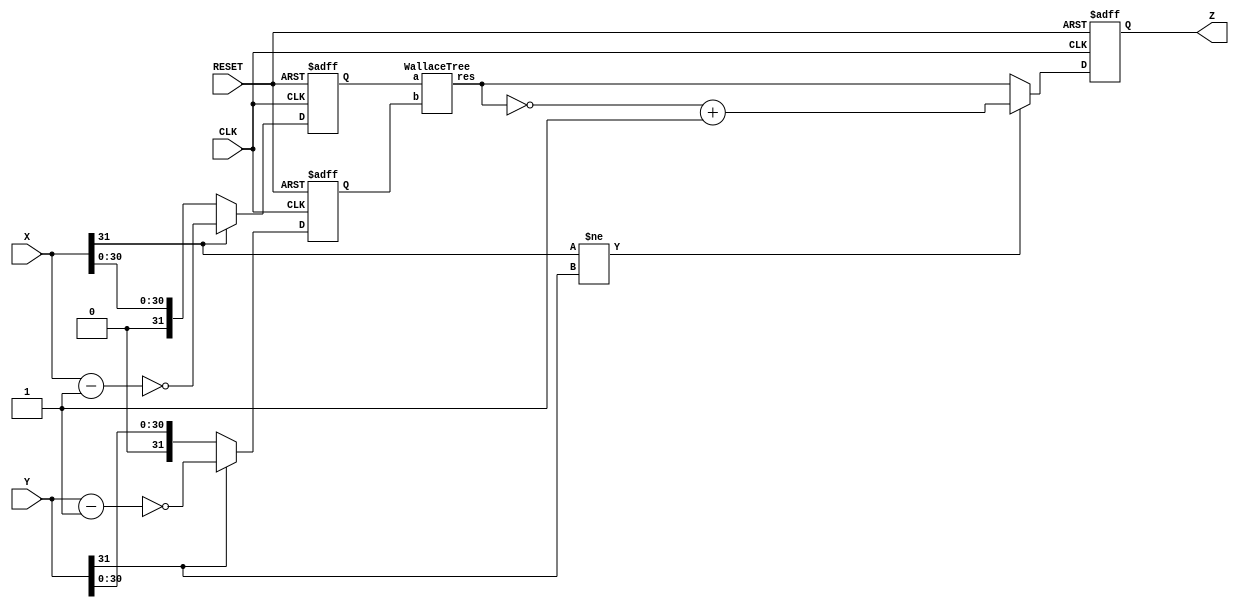

module RegisteredWallaceTree(
input  wire [31:0] X,Y,
output reg [63:0] Z,
input  wire CLK,RESET
);
reg [31:0]temp1,temp2;
wire [63:0] tempres;





always@(posedge CLK,negedge RESET)
begin
	if(RESET == 1'b0)
	begin
		temp1 = 32'b0;
		temp2 = 32'b0;
	end
	else
	begin
		
	temp1 = X;
	temp2 = Y;
	if(X[31]==1'b1)
	begin 
		temp1=temp1-1;
		temp1=~temp1;
	end
	if(Y[31]==1'b1)
	begin 
		temp2=temp2-1;
		temp2=~temp2;
	end
	end
end

WallaceTree MULLL(temp1,temp2,tempres);

always @(posedge CLK or negedge RESET)
begin
    if (RESET == 1'b0)
        Z = 64'b0;
    else
    begin
        Z = tempres;

        if (X[31] != Y[31])
        begin
            Z = ~Z + 1;
        end
    end
end

endmodule 


module WallaceTree(
input [31:0] a,		
input [31:0] b,
output [63:0] res
);


wire  [63:0]temppp [31:0];


PartialMULLLiplication partialMULLLiplications1(temppp[0][63:0],a[31:0],b[31:0],0);
PartialMULLLiplication partialMULLLiplications2(temppp[1][63:0],a[31:0],b[31:0],1);
PartialMULLLiplication partialMULLLiplications3(temppp[2][63:0],a[31:0],b[31:0],2);
PartialMULLLiplication partialMULLLiplications4(temppp[3][63:0],a[31:0],b[31:0],3);
PartialMULLLiplication partialMULLLiplications5(temppp[4][63:0],a[31:0],b[31:0],4);
PartialMULLLiplication partialMULLLiplications6(temppp[5][63:0],a[31:0],b[31:0],5);
PartialMULLLiplication partialMULLLiplications7(temppp[6][63:0],a[31:0],b[31:0],6);
PartialMULLLiplication partialMULLLiplications8(temppp[7][63:0],a[31:0],b[31:0],7);
PartialMULLLiplication partialMULLLiplications9(temppp[8][63:0],a[31:0],b[31:0],8);
PartialMULLLiplication partialMULLLiplications10(temppp[9][63:0],a[31:0],b[31:0],9);
PartialMULLLiplication partialMULLLiplications11(temppp[10][63:0],a[31:0],b[31:0],10);
PartialMULLLiplication partialMULLLiplications111(temppp[11][63:0],a[31:0],b[31:0],11);
PartialMULLLiplication partialMULLLiplications1111(temppp[12][63:0],a[31:0],b[31:0],12);
PartialMULLLiplication partialMULLLiplications11111(temppp[13][63:0],a[31:0],b[31:0],13);
PartialMULLLiplication partialMULLLiplications111111(temppp[14][63:0],a[31:0],b[31:0],14);
PartialMULLLiplication partialMULLLiplications1111111(temppp[15][63:0],a[31:0],b[31:0],15);
PartialMULLLiplication partialMULLLiplications11111111(temppp[16][63:0],a[31:0],b[31:0],16);
PartialMULLLiplication partialMULLLiplications111111111(temppp[17][63:0],a[31:0],b[31:0],17);
PartialMULLLiplication partialMULLLiplications88(temppp[18][63:0],a[31:0],b[31:0],18);
PartialMULLLiplication partialMULLLiplications888(temppp[19][63:0],a[31:0],b[31:0],19);
PartialMULLLiplication partialMULLLiplications88888(temppp[20][63:0],a[31:0],b[31:0],20);
PartialMULLLiplication partialMULLLiplications8888(temppp[21][63:0],a[31:0],b[31:0],21);
PartialMULLLiplication partialMULLLiplications6666(temppp[22][63:0],a[31:0],b[31:0],22);
PartialMULLLiplication partialMULLLiplications666666(temppp[23][63:0],a[31:0],b[31:0],23);
PartialMULLLiplication partialMULLLiplications6666666(temppp[24][63:0],a[31:0],b[31:0],24);
PartialMULLLiplication partialMULLLiplications66666666(temppp[25][63:0],a[31:0],b[31:0],25);
PartialMULLLiplication partialMULLLiplications666666666(temppp[26][63:0],a[31:0],b[31:0],26);
PartialMULLLiplication partialMULLLiplications66666666666(temppp[27][63:0],a[31:0],b[31:0],27);
PartialMULLLiplication partialMULLLiplications88888888888888(temppp[28][63:0],a[31:0],b[31:0],28);
PartialMULLLiplication partialMULLLiplications777777777777777(temppp[29][63:0],a[31:0],b[31:0],29);
PartialMULLLiplication partialMULLLiplications777(temppp[30][63:0],a[31:0],b[31:0],30);
PartialMULLLiplication partialMULLLiplications777777(temppp[31][63:0],a[31:0],b[31:0],31);

wire [63:0] s11,s12,s13,s14,s15,s16,s17,s18,s19,s110,c11,c12,c13,c14,c15,c16,c17,c18,c19,c110;
wire [63:0] s21,s22,s23,s24,s25,s26,s27,c21,c22,c23,c24,c25,c26,c27;
wire [63:0] s31,s32,s33,s34,s35,c31,c32,c33,c34,c35;
wire [63:0] s41,s42,s43,c41,c42,c43;
wire [63:0] s51,s52,c51,c52;
wire [63:0] s61,c61;
wire [63:0] s71,c71;
wire [63:0] s81,c81;
wire cout;

	XorAdder XA11(temppp[0][63:0],temppp[1][63:0],temppp[2][63:0],s11[63:0],c11[63:0]);
	XorAdder XA12(temppp[3][63:0],temppp[4][63:0],temppp[5][63:0],s12[63:0],c12[63:0]);
	XorAdder XA13(temppp[6][63:0],temppp[7][63:0],temppp[8][63:0],s13[63:0],c13[63:0]);
	XorAdder XA14(temppp[9][63:0],temppp[10][63:0],temppp[11][63:0],s14[63:0],c14[63:0]);
	XorAdder XA15(temppp[12][63:0],temppp[13][63:0],temppp[14][63:0],s15[63:0],c15[63:0]);
	XorAdder XA16(temppp[15][63:0],temppp[16][63:0],temppp[17][63:0],s16[63:0],c16[63:0]);
	XorAdder XA17(temppp[18][63:0],temppp[19][63:0],temppp[20][63:0],s17[63:0],c17[63:0]);
	XorAdder XA18(temppp[21][63:0],temppp[22][63:0],temppp[23][63:0],s18[63:0],c18[63:0]);
	XorAdder XA19(temppp[24][63:0],temppp[25][63:0],temppp[26][63:0],s19[63:0],c19[63:0]);
	XorAdder XA110(temppp[27][63:0],temppp[28][63:0],temppp[29][63:0],s110[63:0],c110[63:0]);
	XorAdder XA21(s11[63:0],c11[63:0],s12[63:0],s21[63:0],c21[63:0]);
	XorAdder XA22(c12[63:0],s13[63:0],c13[63:0],s22[63:0],c22[63:0]);
	XorAdder XA23(s14[63:0],c14[63:0],s15[63:0],s23[63:0],c23[63:0]);
	XorAdder XA24(c15[63:0],s16[63:0],c16[63:0],s24[63:0],c24[63:0]);
	XorAdder XA25(s17[63:0],c17[63:0],s18[63:0],s25[63:0],c25[63:0]);
	XorAdder XA26(c18[63:0],s19[63:0],c19[63:0],s26[63:0],c26[63:0]);
	XorAdder XA27(s110[63:0],c110[63:0],temppp[30][63:0],s27[63:0],c27[63:0]);
	XorAdder XA31(s21[63:0],c21[63:0],s22[63:0],s31[63:0],c31[63:0]);
	XorAdder XA32(c22[63:0],s23[63:0],c23[63:0],s32[63:0],c32[63:0]);
	XorAdder XA33(s24[63:0],c24[63:0],s25[63:0],s33[63:0],c33[63:0]);
	XorAdder XA34(c25[63:0],s26[63:0],c26[63:0],s34[63:0],c34[63:0]);
	XorAdder XA35(s27[63:0],c27[63:0],temppp[31][63:0],s35[63:0],c35[63:0]);
	XorAdder XA41(s31[63:0],c31[63:0],s32[63:0],s41[63:0],c41[63:0]);
	XorAdder XA42(c32[63:0],s33[63:0],c33[63:0],s42[63:0],c42[63:0]);
	XorAdder XA43(s34[63:0],c34[63:0],s35[63:0],s43[63:0],c43[63:0]);
	XorAdder XA51(s41[63:0],c41[63:0],s42[63:0],s51[63:0],c51[63:0]);
	XorAdder XA52(c42[63:0],s43[63:0],c43[63:0],s52[63:0],c52[63:0]);
	XorAdder XA61(s51[63:0],c51[63:0],s52[63:0],s61[63:0],c61[63:0]);
	XorAdder XA71(s61[63:0],c61[63:0],c52[63:0],s71[63:0],c71[63:0]);
	XorAdder XA81(s71[63:0],c71[63:0],c35[63:0],s81[63:0],c81[63:0]);

RCA cla(res,cout,s81,c81);


endmodule





module XorAdder(
	input [63:0]x,
	input [63:0]y,
	input [63:0]z,
	output [63:0]s,
	output [63:0]c);
assign s = x^y^z;
assign c[0] = 1'b0;
assign c[63:1] = (x[63:0]&y[63:0]) | (y[63:0]&z[63:0]) | (z[63:0]&x[63:0]);

endmodule

module PartialMULLLiplication(
    output reg[63:0] x,
    input [31:0] a,
    input [31:0] b,
    input wire [31:0] i
);
    always @(a or b or i)
    begin
        if (b[i] == 1)
            x <= (a << i);
        else
            x = 64'b0;
    end
endmodule












module RCA(
output [63:0] sum,
output cout,
input [63:0] a,b);
  
wire cin = 1'b0;
wire [63:0] c,x,y;
wire [63:1] x2, y2;
wire [63:2] x3, y3;
wire [63:4] x4, y4;
wire [63:8] x5, y5;
wire [63:16] x6, y6;
wire [63:32] x7, y7;
  
and_xor axr[63:0](x, y, a, b);
inputWire inputWire_0(c[0], x[0]);
additional comp_0[63:1](x2[63:1], y2[63:1], x[63:1], y[63:1], x[62:0], y[62:0]);

inputWire inputWire_1(c[1], x2[1]);
additional comp_1[63:2](x3[63:2], y3[63:2], x2[63:2], y2[63:2], {x2[61:1],x[0]}, {y2[61:1],y[0]});

inputWire inputWire_2[3:2](c[3:2], x3[3:2]);
additional comp_2[63:4](x4[63:4], y4[63:4], x3[63:4], y3[63:4], {x3[59:2],x2[1],x[0]}, {y3[59:2],y2[1],y[0]});

inputWire inputWire_3[7:4](c[7:4], x4[7:4]);
additional comp_3[63:8](x5[63:8], y5[63:8], x4[63:8], y4[63:8], {x4[55:4],x3[3:2],x2[1],x[0]}, {y4[55:4],y3[3:2],y2[1],y[0]});
        
inputWire inputWire_4[15:8](c[15:8], x5[15:8]);
additional comp_4[63:16](x6[63:16], y6[63:16], x5[63:16], y5[63:16], {x5[47:8],x4[7:4],x3[3:2],x2[1],x[0]}, {y5[47:8],y4[7:4],y3[3:2],y2[1],y[0]});
  
inputWire inputWire_5[31:16](c[31:16], x6[31:16]);
additional comp_5[63:32](x7[63:32], y7[63:32], x6[63:32], y6[63:32], {x6[31:16],x5[15:8],x4[7:4],x3[3:2],x2[1],x[0]}, {y6[31:16],y5[15:8],y4[7:4],y3[3:2],y2[1],y[0]});

inputWire inputWire_6[63:32](c[63:32], x6[63:32]);
halfadder adder_0(sum[0],y[0],cin);
halfadder adder_1[63:1](sum[63:1],y[63:1], c[62:0]);
buf(cout, c[63]);


endmodule



module and_xor(
output X, Y,
input A, B);
and(X, A, B);
xor(Y, A, B);
endmodule

module halfadder(
output Z,
input X, Y);
xor(Z, X, Y);
endmodule



module inputWire(
output R,
input I);
assign R=I;
endmodule

module additional(output X, Y, input Xi, Yi, Xii, Yii);
wire w;
and(w, Yi, Xii);
or(X, w, Xi);
and(Y, Yi, Yii);
endmodule